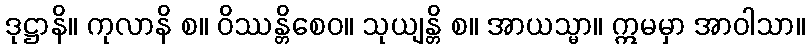
ဒုဋ္ဌာနိ။ ကုလာနိ စ။ ဝိဿန္တိစေဝ။ သုယျန္တိ စ။ အာယသ္မာ။ ဣမမှာ အာဝါသာ။